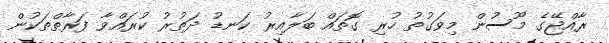
ރާއްޖޭގެ މޫސުން މިވަގުތު ހުރި ގޮތައް ބަލާއިރު ކަނޑު ދަތުރު ކުރައްވާ ފަރާތްތަކުން